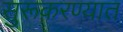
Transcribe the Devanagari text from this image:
सुरूकरण्यात